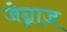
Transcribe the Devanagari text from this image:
जेन्नाज़